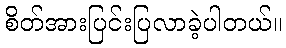
စိတ်အားပြင်းပြလာခဲ့ပါတယ်။